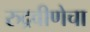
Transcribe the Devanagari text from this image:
रुद्रवीणेचा